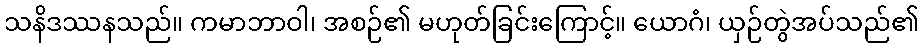
သနိဒဿနသည်။ ကမာဘာဝါ၊ အစဉ်၏ မဟုတ်ခြင်းကြောင့်။ ယောဂံ၊ ယှဉ်တွဲအပ်သည်၏